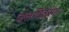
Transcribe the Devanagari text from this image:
जलधितरंग।